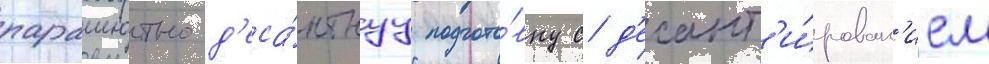
парашютно-д'еса́нтнуу подгото́вку с д'есант'и́рован'ием